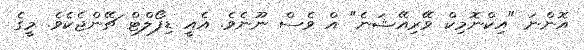
އޮންނަ "އިކްނޮމިކް ވޭރިއޭޝަނެ" އް ވެސް ނޫނެވެ. އެއީ ޑިފޯލްޓް ޗޭންޖެކެވެ. މީގެ